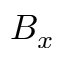
B _ { x }